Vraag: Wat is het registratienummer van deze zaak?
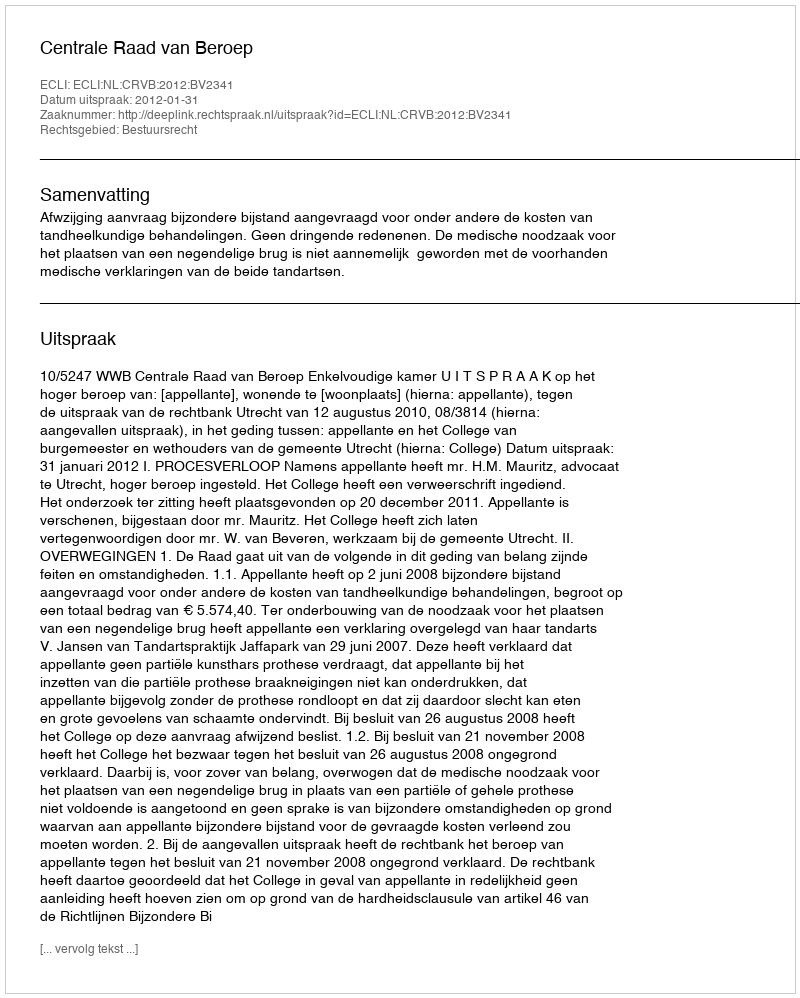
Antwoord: http://deeplink.rechtspraak.nl/uitspraak?id=ECLI:NL:CRVB:2012:BV2341